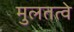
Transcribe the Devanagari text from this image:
मुलतत्वे